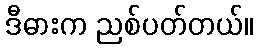
ဒီဓားက ညစ်ပတ်တယ်။